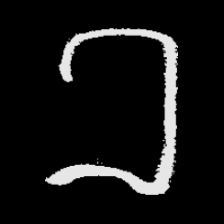
Pyu character \u2014 Myanmar letter: ခ (romanized: kha)